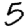
Digit: 5